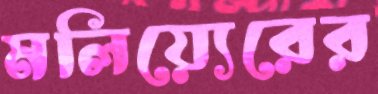
মলিয়্যেরের